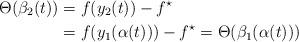
LaTeX: \begin{align*} \Theta( \beta_2(t) ) &= f(y_2(t)) - f^\star \\ &= f(y_1(\alpha(t))) - f^\star = \Theta( \beta_1(\alpha(t)) ) \end{align*}